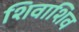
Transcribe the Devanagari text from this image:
शिवाशिव